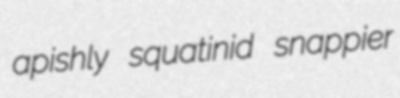
apishly squatinid snappier